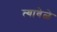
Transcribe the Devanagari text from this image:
त्यावेळे